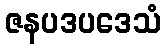
ဇနပဒပဒေသံ